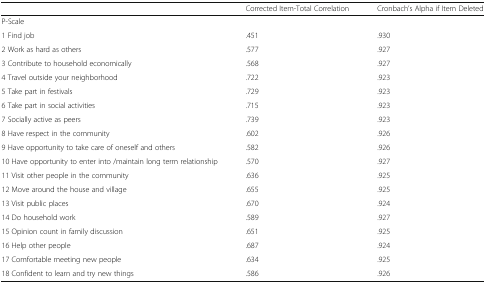
<table><thead><tr><td></td><td><b>Corrected Item-Total Correlation</b></td><td><b>Cronbach’s Alpha if Item Deleted</b></td></tr></thead><tbody><tr><td colspan="3">P-Scale</td></tr><tr><td>1 Find job</td><td>.451</td><td>.930</td></tr><tr><td>2 Work as hard as others</td><td>.577</td><td>.927</td></tr><tr><td>3 Contribute to household economically</td><td>.568</td><td>.927</td></tr><tr><td>4 Travel outside your neighborhood</td><td>.722</td><td>.923</td></tr><tr><td>5 Take part in festivals</td><td>.729</td><td>.923</td></tr><tr><td>6 Take part in social activities</td><td>.715</td><td>.923</td></tr><tr><td>7 Socially active as peers</td><td>.739</td><td>.923</td></tr><tr><td>8 Have respect in the community</td><td>.602</td><td>.926</td></tr><tr><td>9 Have opportunity to take care of oneself and others</td><td>.582</td><td>.926</td></tr><tr><td>10 Have opportunity to enter into /maintain long term relationship</td><td>.570</td><td>.927</td></tr><tr><td>11 Visit other people in the community</td><td>.636</td><td>.925</td></tr><tr><td>12 Move around the house and village</td><td>.655</td><td>.925</td></tr><tr><td>13 Visit public places</td><td>.670</td><td>.924</td></tr><tr><td>14 Do household work</td><td>.589</td><td>.927</td></tr><tr><td>15 Opinion count in family discussion</td><td>.651</td><td>.925</td></tr><tr><td>16 Help other people</td><td>.687</td><td>.924</td></tr><tr><td>17 Comfortable meeting new people</td><td>.634</td><td>.925</td></tr><tr><td>18 Confident to learn and try new things</td><td>.586</td><td>.926</td></tr></tbody></table>